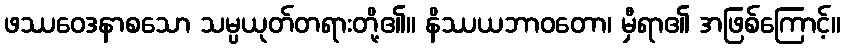
ဖဿဝေဒနာစသော သမ္ပယုတ်တရားတို့၏။ နိဿယဘာဝတော၊ မှီရာ၏ အဖြစ်ကြောင့်။